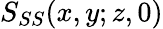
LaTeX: S_{SS}(x,y;z,0)